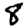
Digit: 8